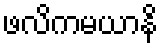
ဖလိကမယာနိ